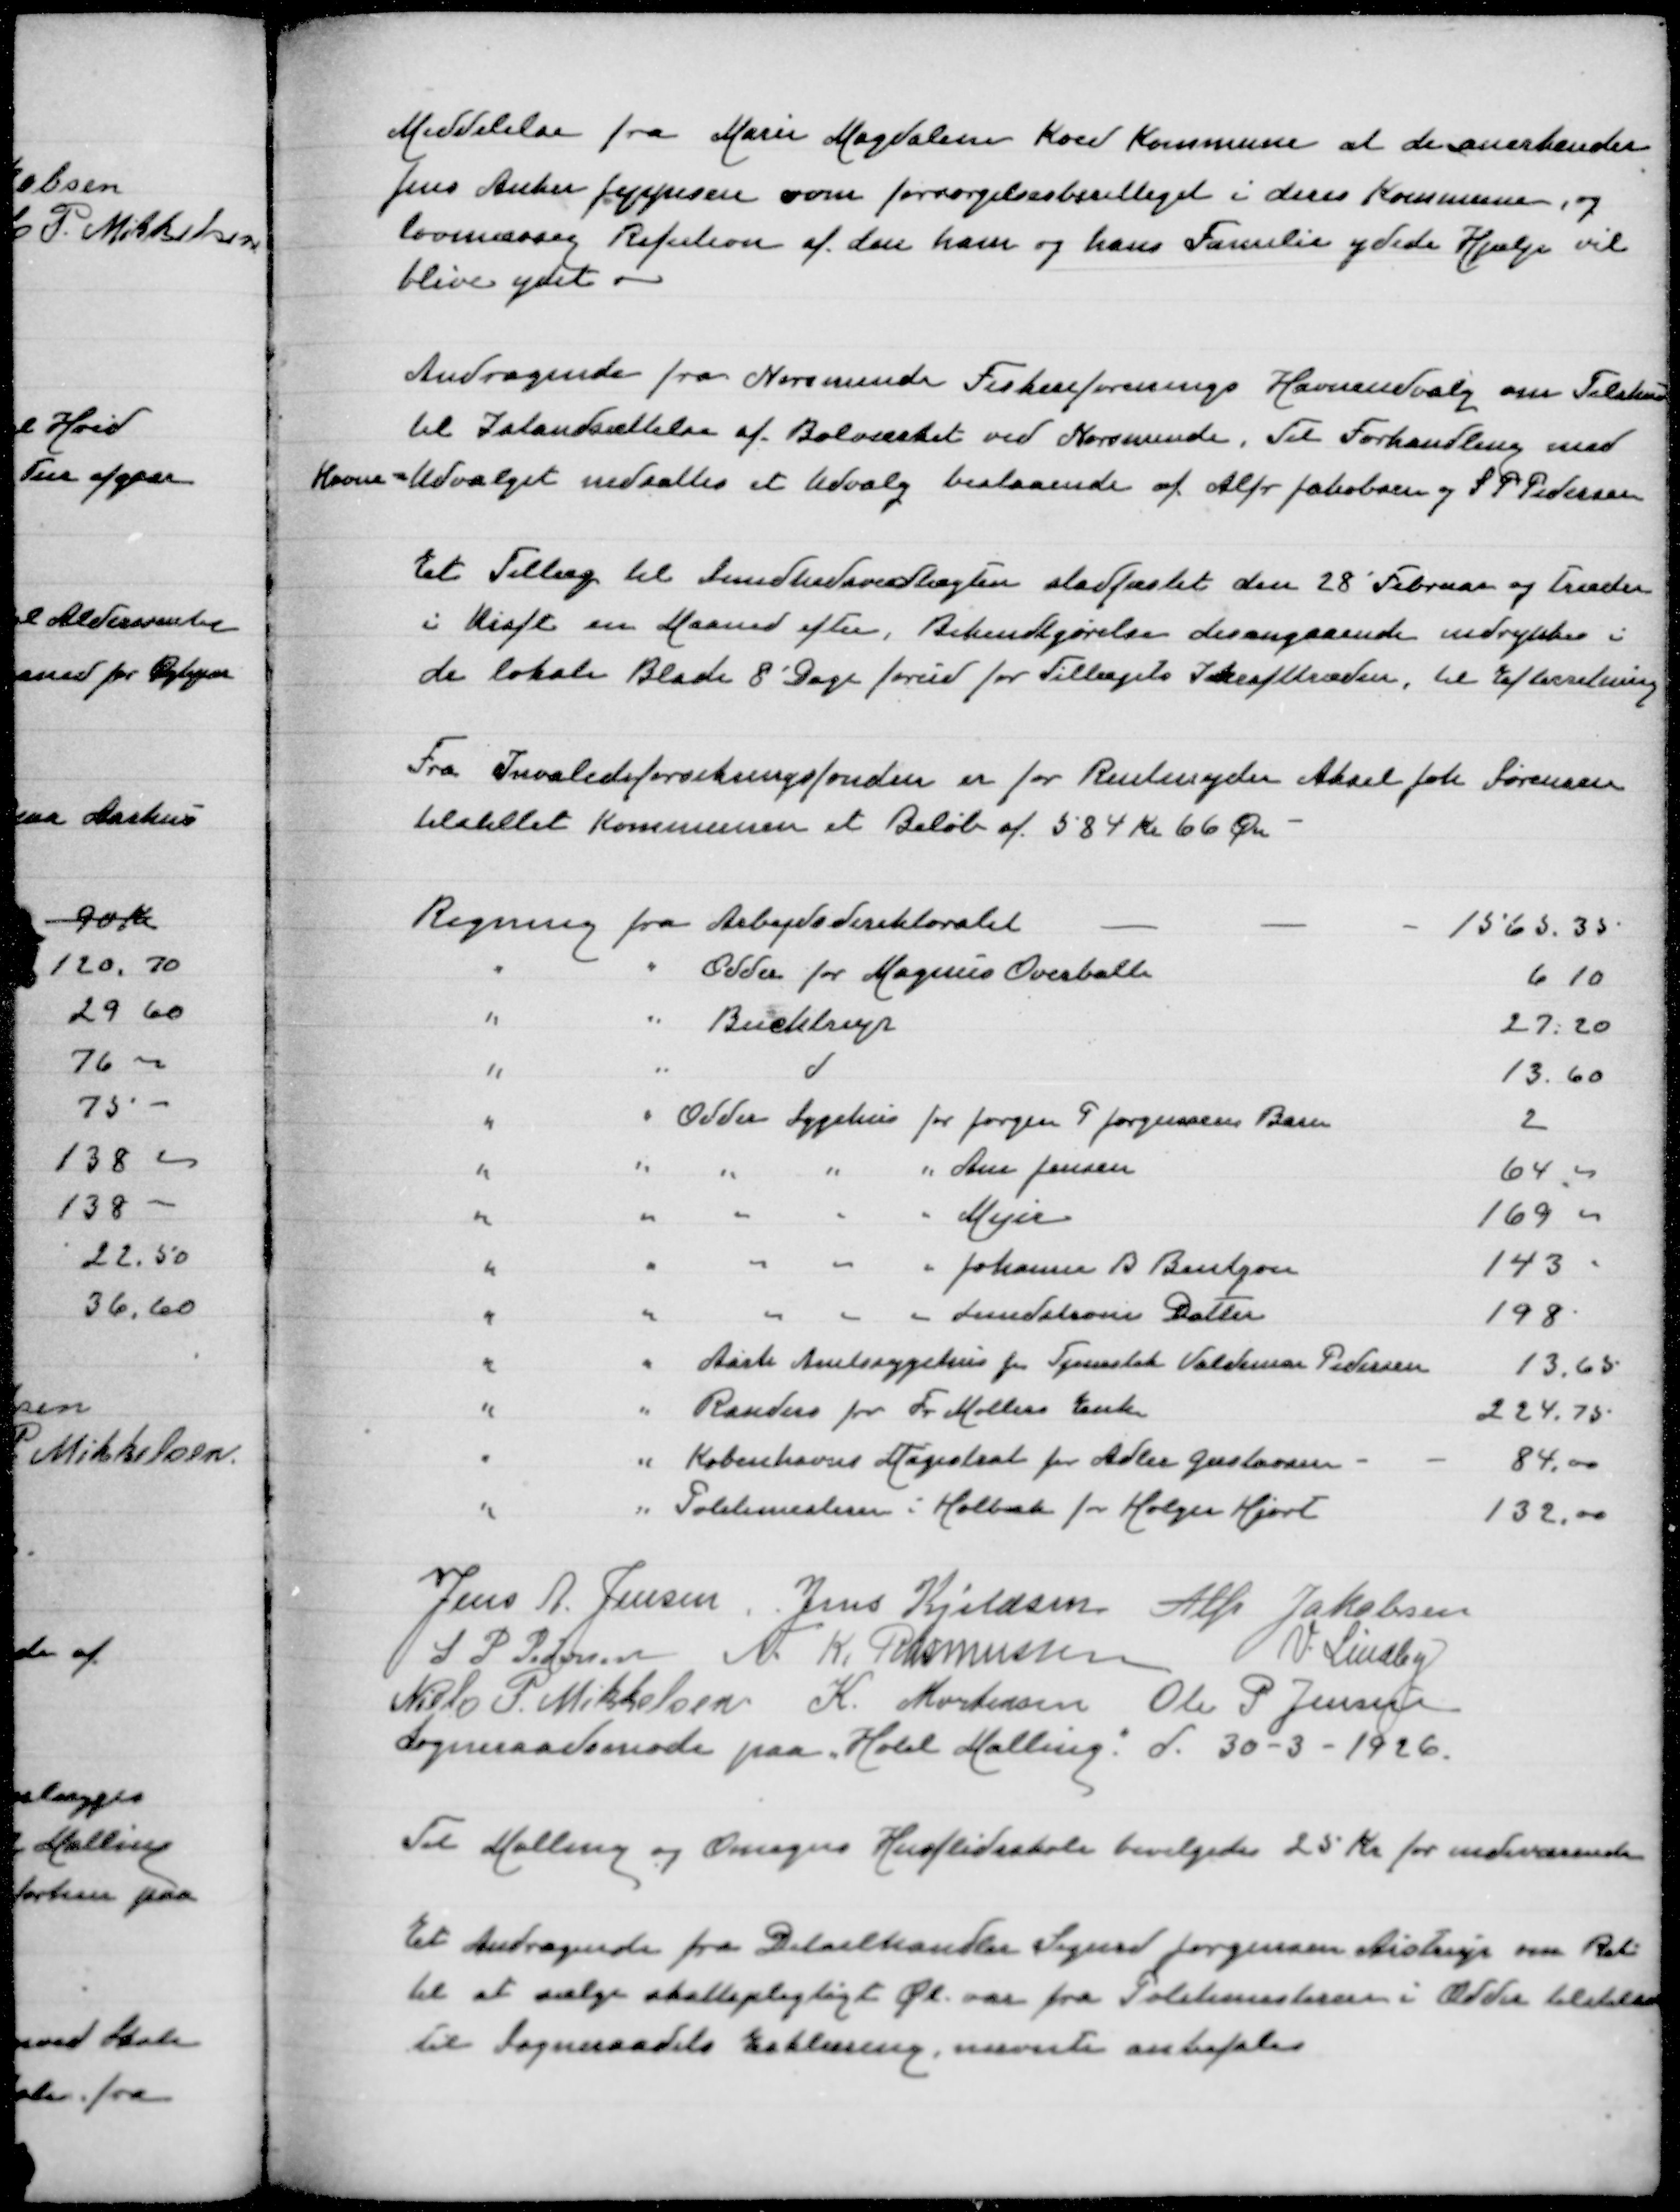
Transskription:
Meddelelse fra Marie Magdalene Koed Kommune at de anerkender
Jens Anker Jeppesen som forsørgelsesberettiget i deres kommune, og
lovmæssig Refusion af den ham og hans Familie ydede Hjælp vil
blive ydet
Andragende fra Norsminde Fiskeriforenings Havneudvalg om Tilskud
til Istandsættelse af Bolværket ved Norsminde, Til Forhandling med
Havne-Udvalget nedsættes et Udvalg bestaaende af Alfr Jakobsen og S P Pedersen
Et Tillæg til Sundhedsvedtægten stadfæstet den 28' Februar og træder 
i Kraft en Maaned efter, Bekendtgørelse desangaaende indrykkes i
de lokale Blade 8 Dage forud for Tillægets Ikrafttræden, til Efterretning
Fra Invalideforsikringsfonden er for Rentenyder Aksel Joh Sørensen
tilstillet Kommunen et Beløb af 584 Kr66 Øre
Regning fra Arbejdsdirektoratet
1565,35
" " Odder for Magnus Overballe
6,10
" " Buchtrup
27,20
" " d
13,60
" " Odder Sygehus for Jørgen P Jørgensens Barn
2
" " " " " Ane Jensen
64,00
" " " " " Mejer
169,00
" " " " " Johannes B Bebtzon
143,00
" " " " " Lundelsons Datter
198
" " Aarhus Amtssygehus for Tjenestek Valdemar Pedersen
13,65
" " Randers for Fr Møllers Enke
224,75
" " Københavns Magistrat for Adler Gustavsen
84,00
" " Politimesteren i Holbæk for Holger Hjort
132,00
Jens A Jensen
Jens Kjeldsen
Alfr Jakobsen
S P Pedersen
N K Rasmussen
V Lindby
Niels P Mikkelsen
K Mortensen
Ole P Jensen
Sogneraadsmøde paa Hotel Malling d 30-3-1926
Til Malling og Omegns Husflidsskole bevilgedes 25 Kr for indeværende
Et Andragende fra Detailhandler Sigurd Jørgensen Aistrup om Ret
til at sælge skattepligtigt Øl var fra Politimesteren i Odder tilstillet
til Sogneraadets Erklæring, nævnte anbefaledes